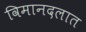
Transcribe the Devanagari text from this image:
विमानदलात